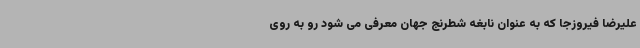
علیرضا فیروزجا که به عنوان نابغه شطرنج جهان معرفی می شود رو به روی